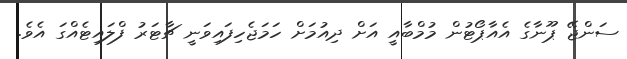
ސަންޖޭ ޕޫނާގެ އެއާޕޯޓުން މުމްބާއީ އަށް ދިއުމަށް ހަމަޖެހިފައިވަނީ ޗާޓަރު ފްލައިޓެއްގަ އެވެ.